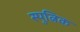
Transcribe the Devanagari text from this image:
स्पुत्निक